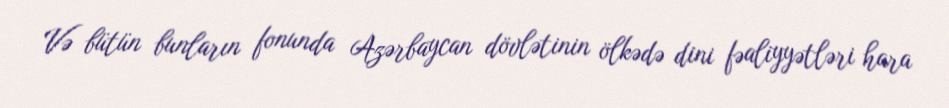
Və bütün bunların fonunda Azərbaycan dövlətinin ölkədə dini fəaliyyətləri hara